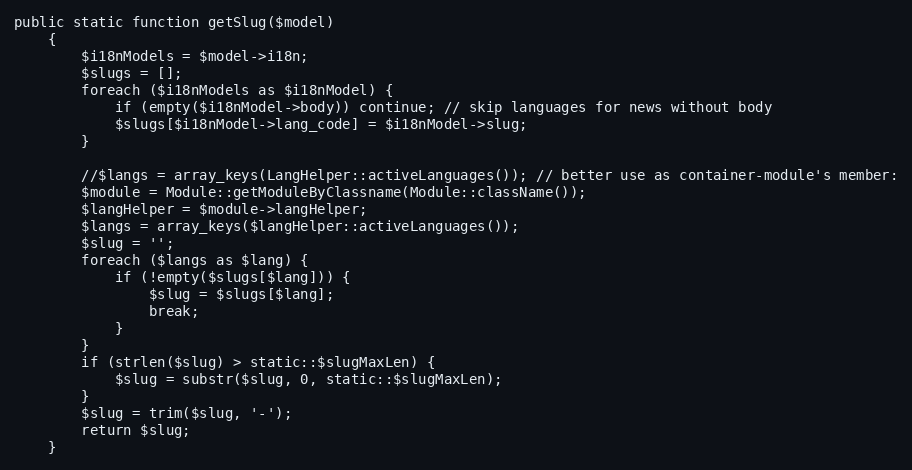
Language: PHP
public static function getSlug($model)
    {
        $i18nModels = $model->i18n;
        $slugs = [];
        foreach ($i18nModels as $i18nModel) {
            if (empty($i18nModel->body)) continue; // skip languages for news without body
            $slugs[$i18nModel->lang_code] = $i18nModel->slug;
        }

        //$langs = array_keys(LangHelper::activeLanguages()); // better use as container-module's member:
        $module = Module::getModuleByClassname(Module::className());
        $langHelper = $module->langHelper;
        $langs = array_keys($langHelper::activeLanguages());
        $slug = '';
        foreach ($langs as $lang) {
            if (!empty($slugs[$lang])) {
                $slug = $slugs[$lang];
                break;
            }
        }
        if (strlen($slug) > static::$slugMaxLen) {
            $slug = substr($slug, 0, static::$slugMaxLen);
        }
        $slug = trim($slug, '-');
        return $slug;
    }